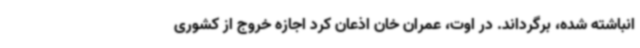
انباشته شده، برگرداند. در اوت، عمران خان اذعان کرد اجازه خروج از کشوری